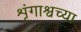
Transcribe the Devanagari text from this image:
शृंगाश्वच्या